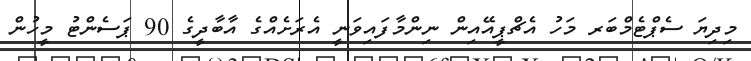
މިދިޔަ ސެޕްޓެމްބަރ މަހު އެޗްޕީއޭއިން ނިންމާފައިވަނީ އެރަށެއްގެ އާބާދީގެ 90 ޕަސެންޓު މީހުން